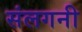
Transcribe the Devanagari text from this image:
संलगनी